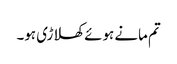
تم مانے ہوئے کھلاڑی ہو۔